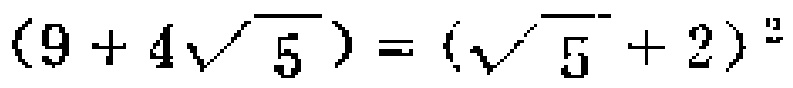
\((9 + 4\sqrt{5}) = (\sqrt{5} + 2)^2\)